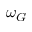
\omega _ { G }